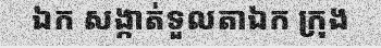
ឯក សង្កាត់ទួលតាឯក ក្រុង